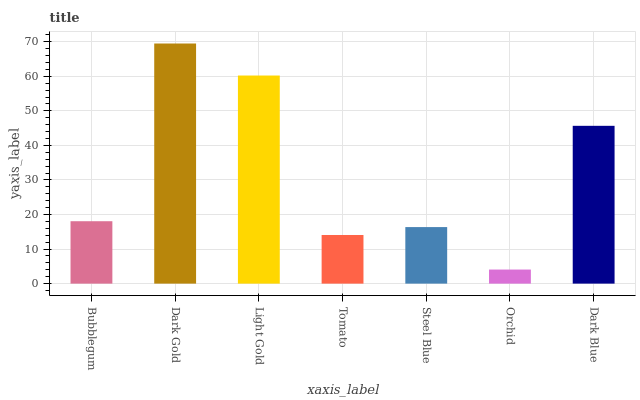
| xaxis_label | bars |
 | --- | --- |
 | Bubblegum | 18.1 |
 | Dark Gold | 69.5 |
 | Light Gold | 60.2 |
 | Tomato | 14.1 |
 | Steel Blue | 16.4 |
 | Orchid | 4.07 |
 | Dark Blue | 45.7 |